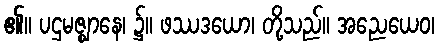
၏။ ပဌမဇ္ဈာနေ၊ ၌။ ဖဿဒယော၊ တို့သည်။ အညေယေဝ၊